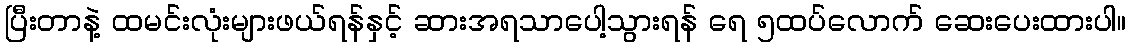
ပြီးတာနဲ့ ထမင်းလုံးများဖယ်ရန်နှင့် ဆားအရသာပေါ့သွားရန် ရေ ၅ထပ်လောက် ဆေးပေးထားပါ။